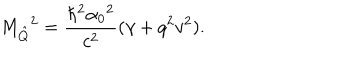
LaTeX: { M _ { \hat { Q } } } ^ { 2 } = \frac { \hbar ^ { 2 } { \alpha _ { 0 } } ^ { 2 } } { c ^ { 2 } } ( \gamma + q ^ { 2 } v ^ { 2 } ) .